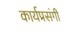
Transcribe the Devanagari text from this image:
कार्यप्रसंगी